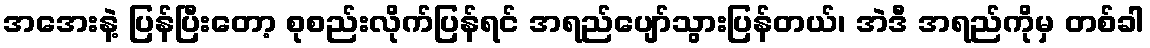
အအေးနဲ့ ပြန်ပြီးတော့ စုစည်းလိုက်ပြန်ရင် အရည်ပျော်သွားပြန်တယ်၊ အဲဒီ အရည်ကိုမှ တစ်ခါ